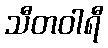
သီတဝါရီ